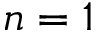
n = 1